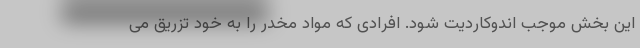
این بخش موجب اندوکاردیت شود. افرادی که مواد مخدر را به خود تزریق می